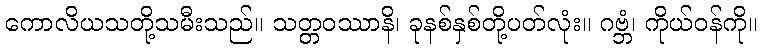
ကောလိယသတို့သမီးသည်။ သတ္တဝဿာနိ၊ ခုနစ်နှစ်တို့ပတ်လုံး။ ဂဗ္ဘံ၊ ကိုယ်ဝန်ကို။